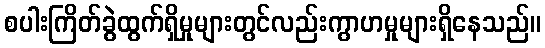
စပါးကြိတ်ခွဲထွက်ရှိမှုများတွင်လည်းကွာဟမှုများရှိနေသည်။